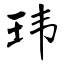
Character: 玮